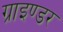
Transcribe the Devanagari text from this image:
ग्राइण्डर